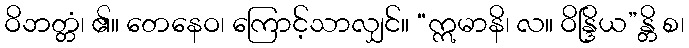
ဝိဘတ္တံ၊ ၏။ တေနေဝ၊ ကြောင့်သာလျှင်။ “ဣမာနိ၊ လ။ ဝိန္ဒြိယ”န္တိ စ၊